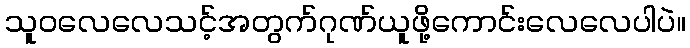
သူဝလေလေသင့်အတွက်ဂုဏ်ယူဖို့ကောင်းလေလေပါပဲ။